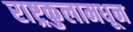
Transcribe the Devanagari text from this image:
राष्ट्रकुलामधून